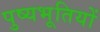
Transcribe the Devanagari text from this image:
पुष्यभूतियों